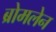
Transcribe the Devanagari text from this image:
ब्रोमलेन